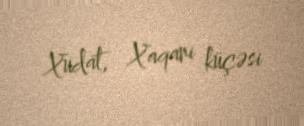
Xudat, Xaqani küçəsi